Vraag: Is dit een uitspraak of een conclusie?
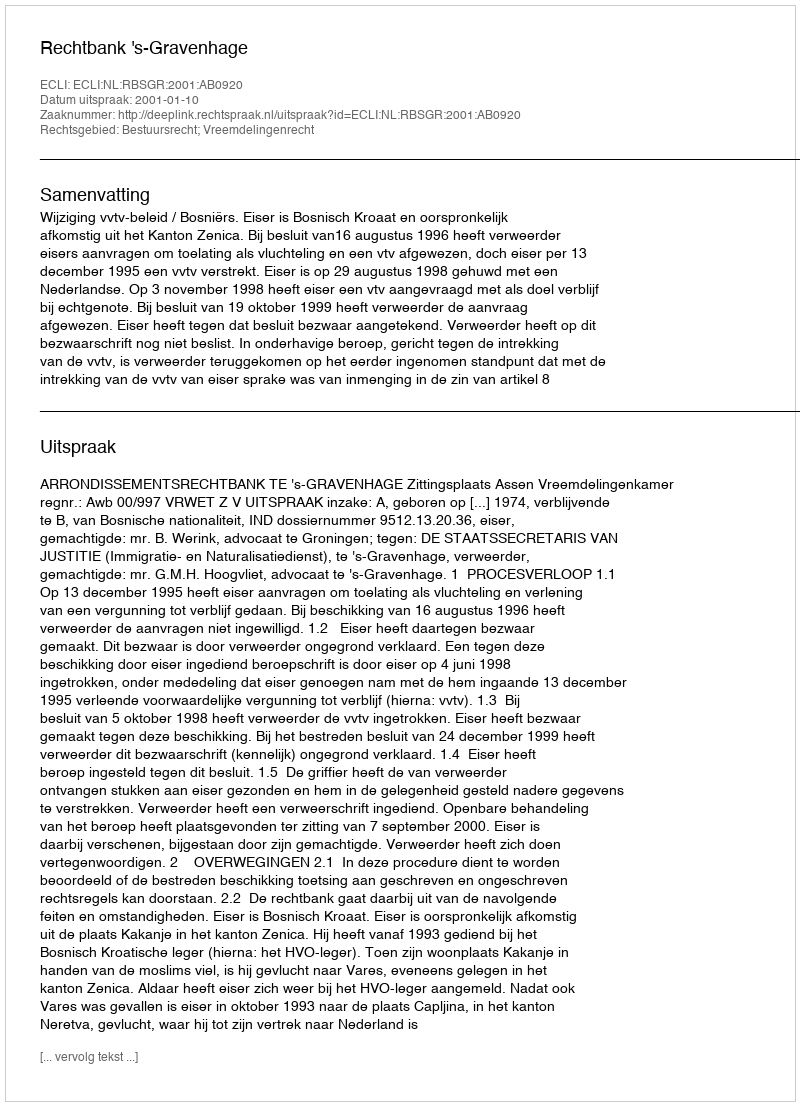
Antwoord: Uitspraak